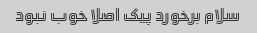
سلام برخورد پیک اصلا خوب نبود